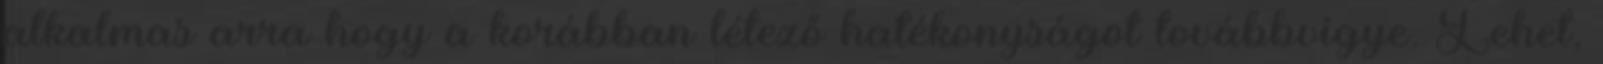
alkalmas arra hogy a korábban létező hatékonyságot továbbvigye. Lehet,